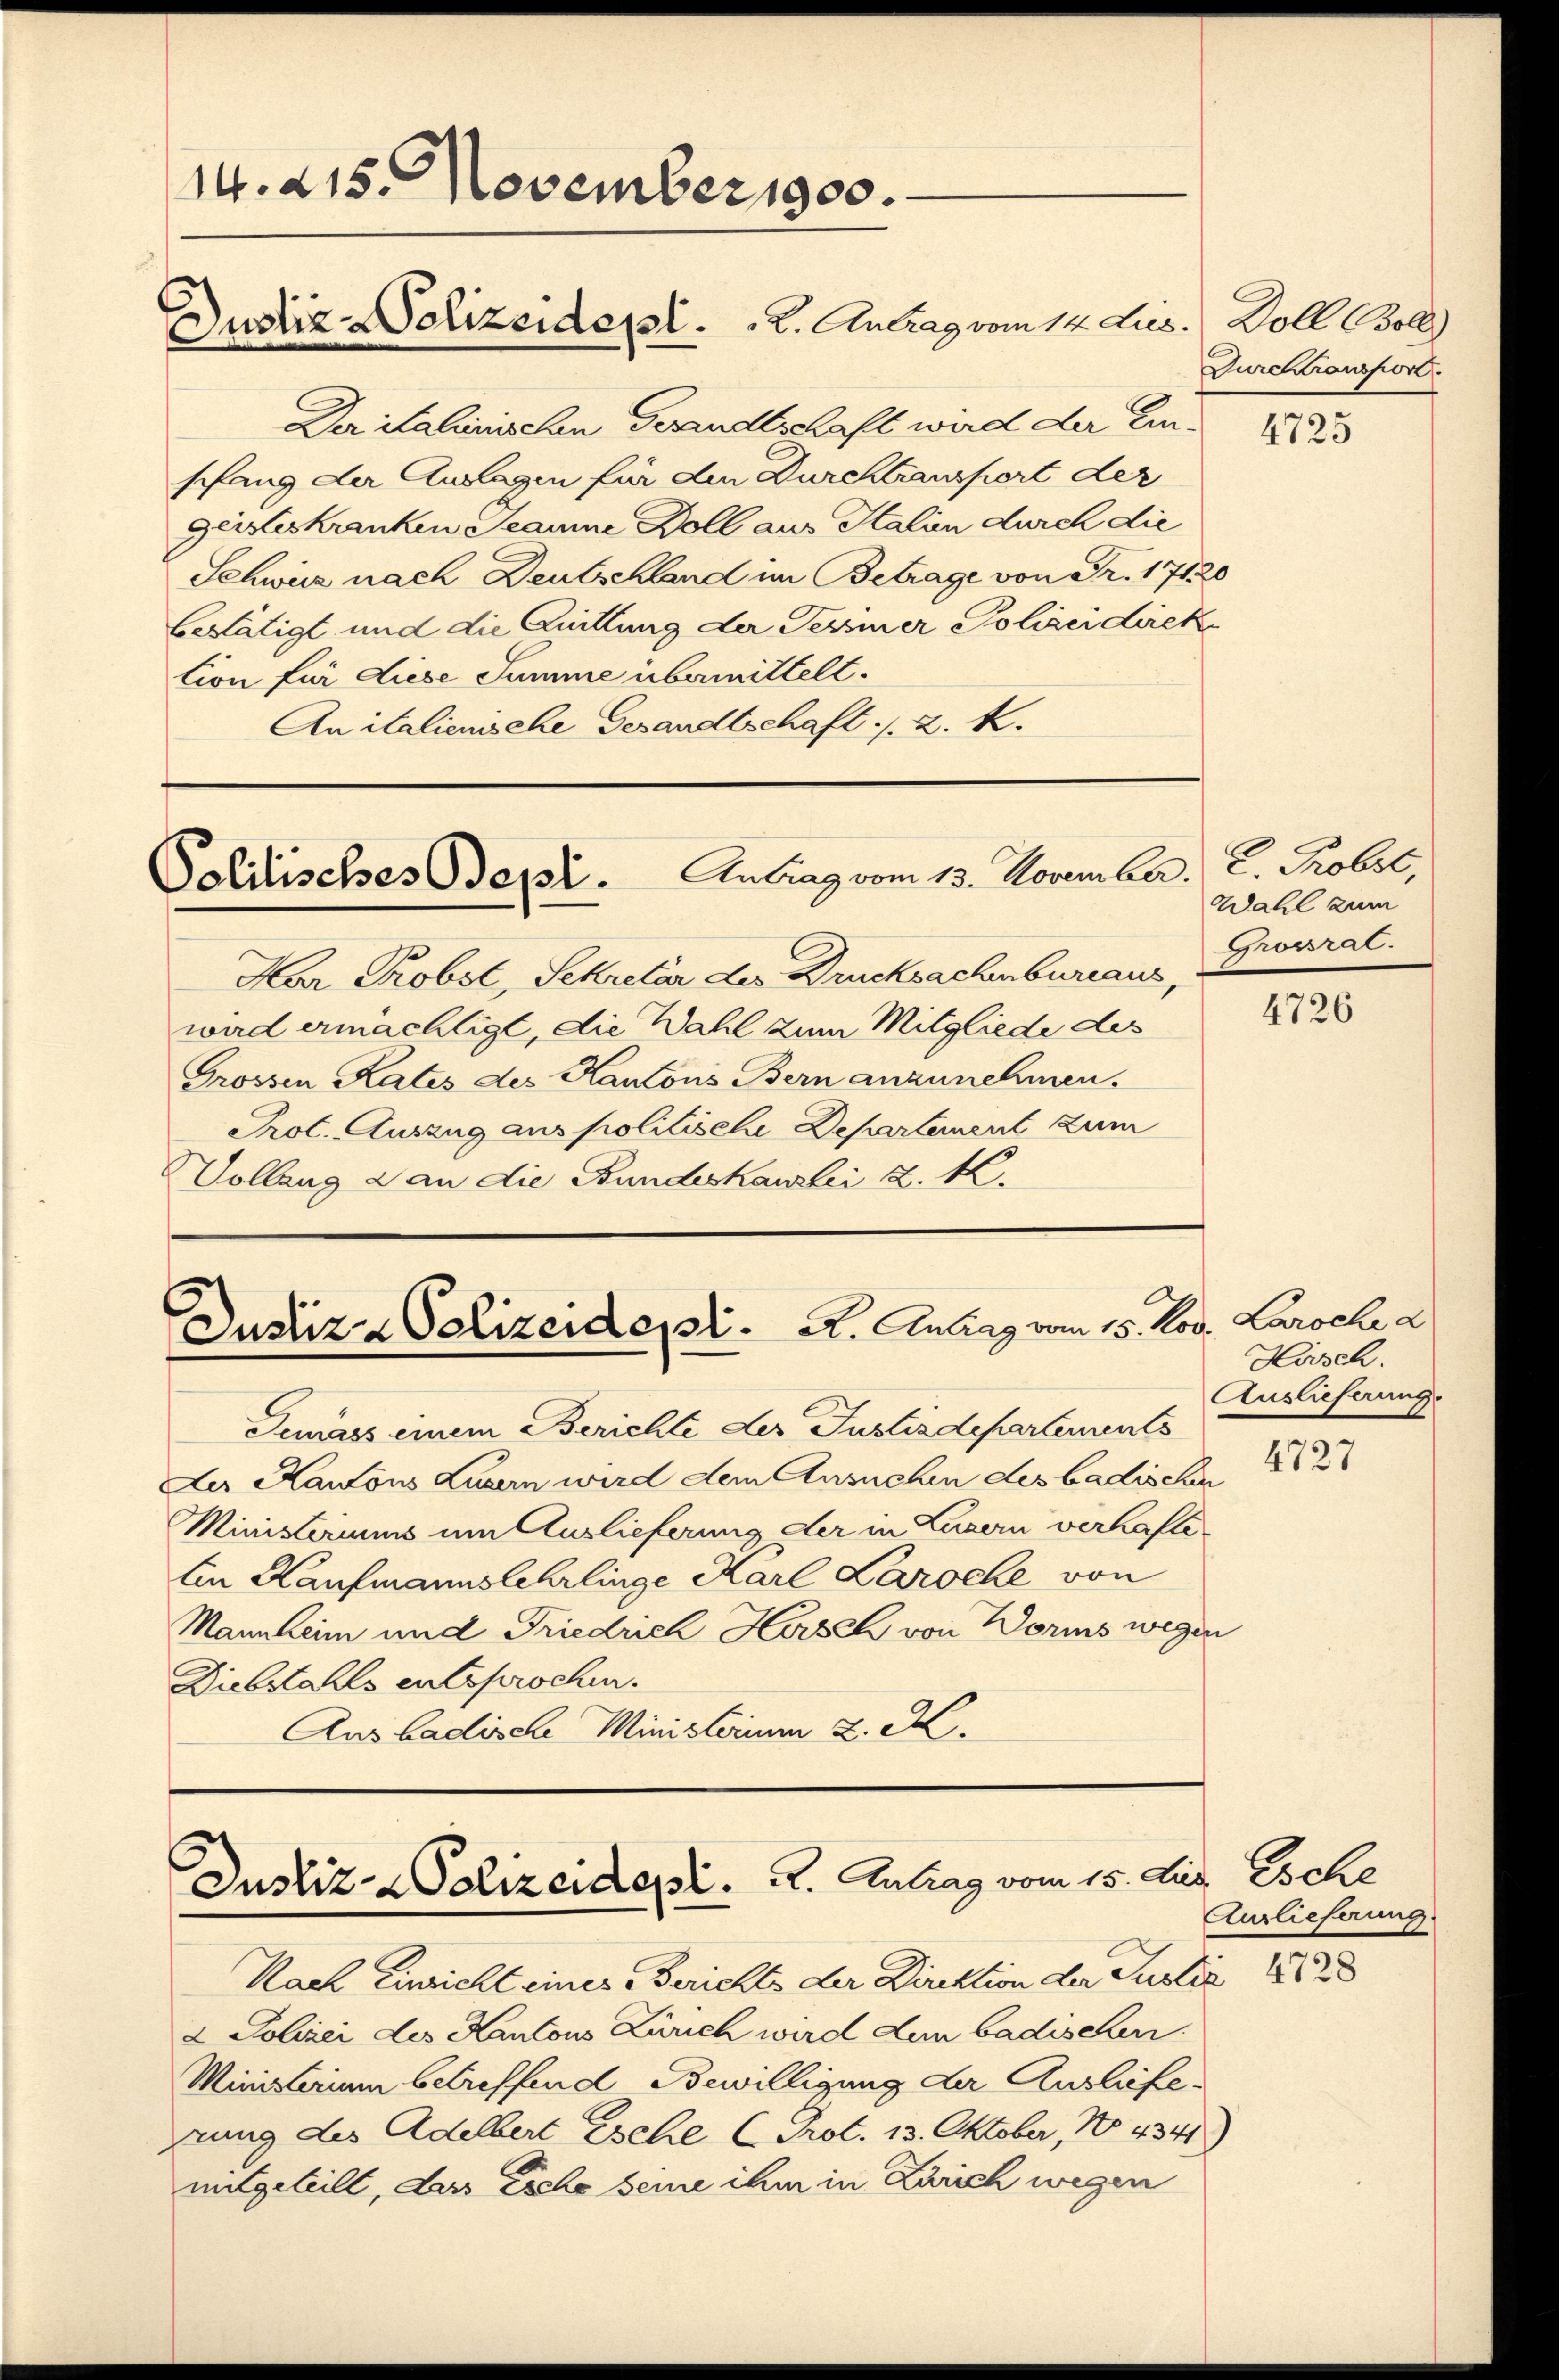
Der italienischen Gesandtschaft wird der Einpfang der Auslagen für den Durchtransport der
geisteskranken Teaume Doll aus Halien durch die
Schwie nach Deutschland im Betrage von Fr. 17120
bestätigt und die Quittung der Tessiner Polizeidirektion für diese Summe übermittelt.
An italienische Gesandtschaft ./. 2. k.

14. 215. November 1900.
Justiz-Polizeident . . 2. Antrag vom 14. Lies. Doll Boll

Har Probst, Sekretär der Drucksachenbureaus,
ward ermächtigt, die Wahl zum Mitgliede des
Grossen Rates des Kantons Bern anzunehmen.
Prot. Auszug aus politische Departement zum
Vollang & an die Bundeskanzlei d. M.

Politisches Beyl. Antrag vom 13. November. C. Probst,

Justiz & Polizeidet. A. Antrag vom 15. Nov. Laroche a

Temass einem Berichte der Justizdepartements
Der Kantons Luzern wird dem Ansuchen des badischen
Ministeriums um Auslieferung der in Luzern verhasli¬
Ein Kaufmannslehrlinge Karl Laroche von
Mannheim und Friedrich Horsch von Worms wegen
Diebstahls entsprochen.
Aus badische Ministerium 2. K.

Justiz-Polizeidept. u. Antrag vom 15. Aug. Esche

Nach Einricht einer Berichts der Direktion der Justiz
2 Polizei des Kantons Zürich wird dem badischen.
Ministerium betreffend Bewilligung der Ausliefezung des Adelbert Esche (Prot. 13. Oktober, No 4341)
mitgeteilt, das Esche seine ihm in Zürich wegen

Durchtransport.

4725

Wahl zum
Grossrat.

4726

Horsch.
Auslieferung.

4727

Auslieferung

4728